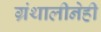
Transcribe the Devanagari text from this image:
ग्रंथालीनेही